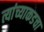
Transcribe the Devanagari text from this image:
त्यांच्याकडचा